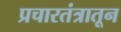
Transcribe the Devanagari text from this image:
प्रचारतंत्रातून